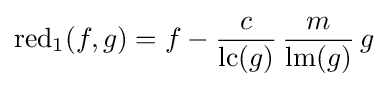
\operatorname {red} _{1}(f,g)=f-{\frac {c}{\operatorname {lc} (g)}}\,{\frac {m}{\operatorname {lm} (g)}}\,g